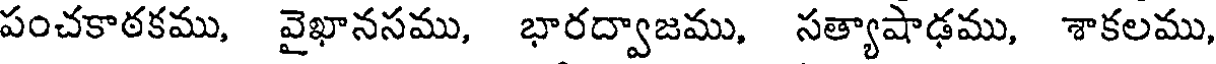
పంచకాఠకము, వైఖానసము, భారద్వాజము, సత్యాషాఢము, శాకలము,